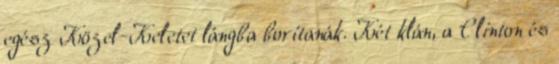
egész Közel-Keletet lángba borítanák. Két klán, a Clinton és